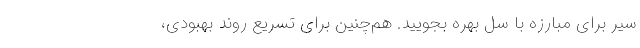
سیر برای مبارزه با سل بهره بجویید. هم‌چنین برای تسریع روند بهبودی،